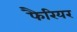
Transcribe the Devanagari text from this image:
फैरियर